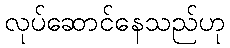
လုပ်ဆောင်နေသည်ဟု